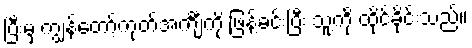
ပြီးမှ ကျွန်တော့်ကုတ်အင်္ကျီကို ဖြန့်ခင်းပြီး သူ့ကို ထိုင်ခိုင်းသည်။